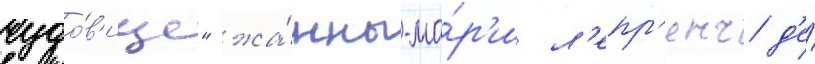
чудо́в'ище" жа́нны-ма́р'и л'епр'енс д'е́